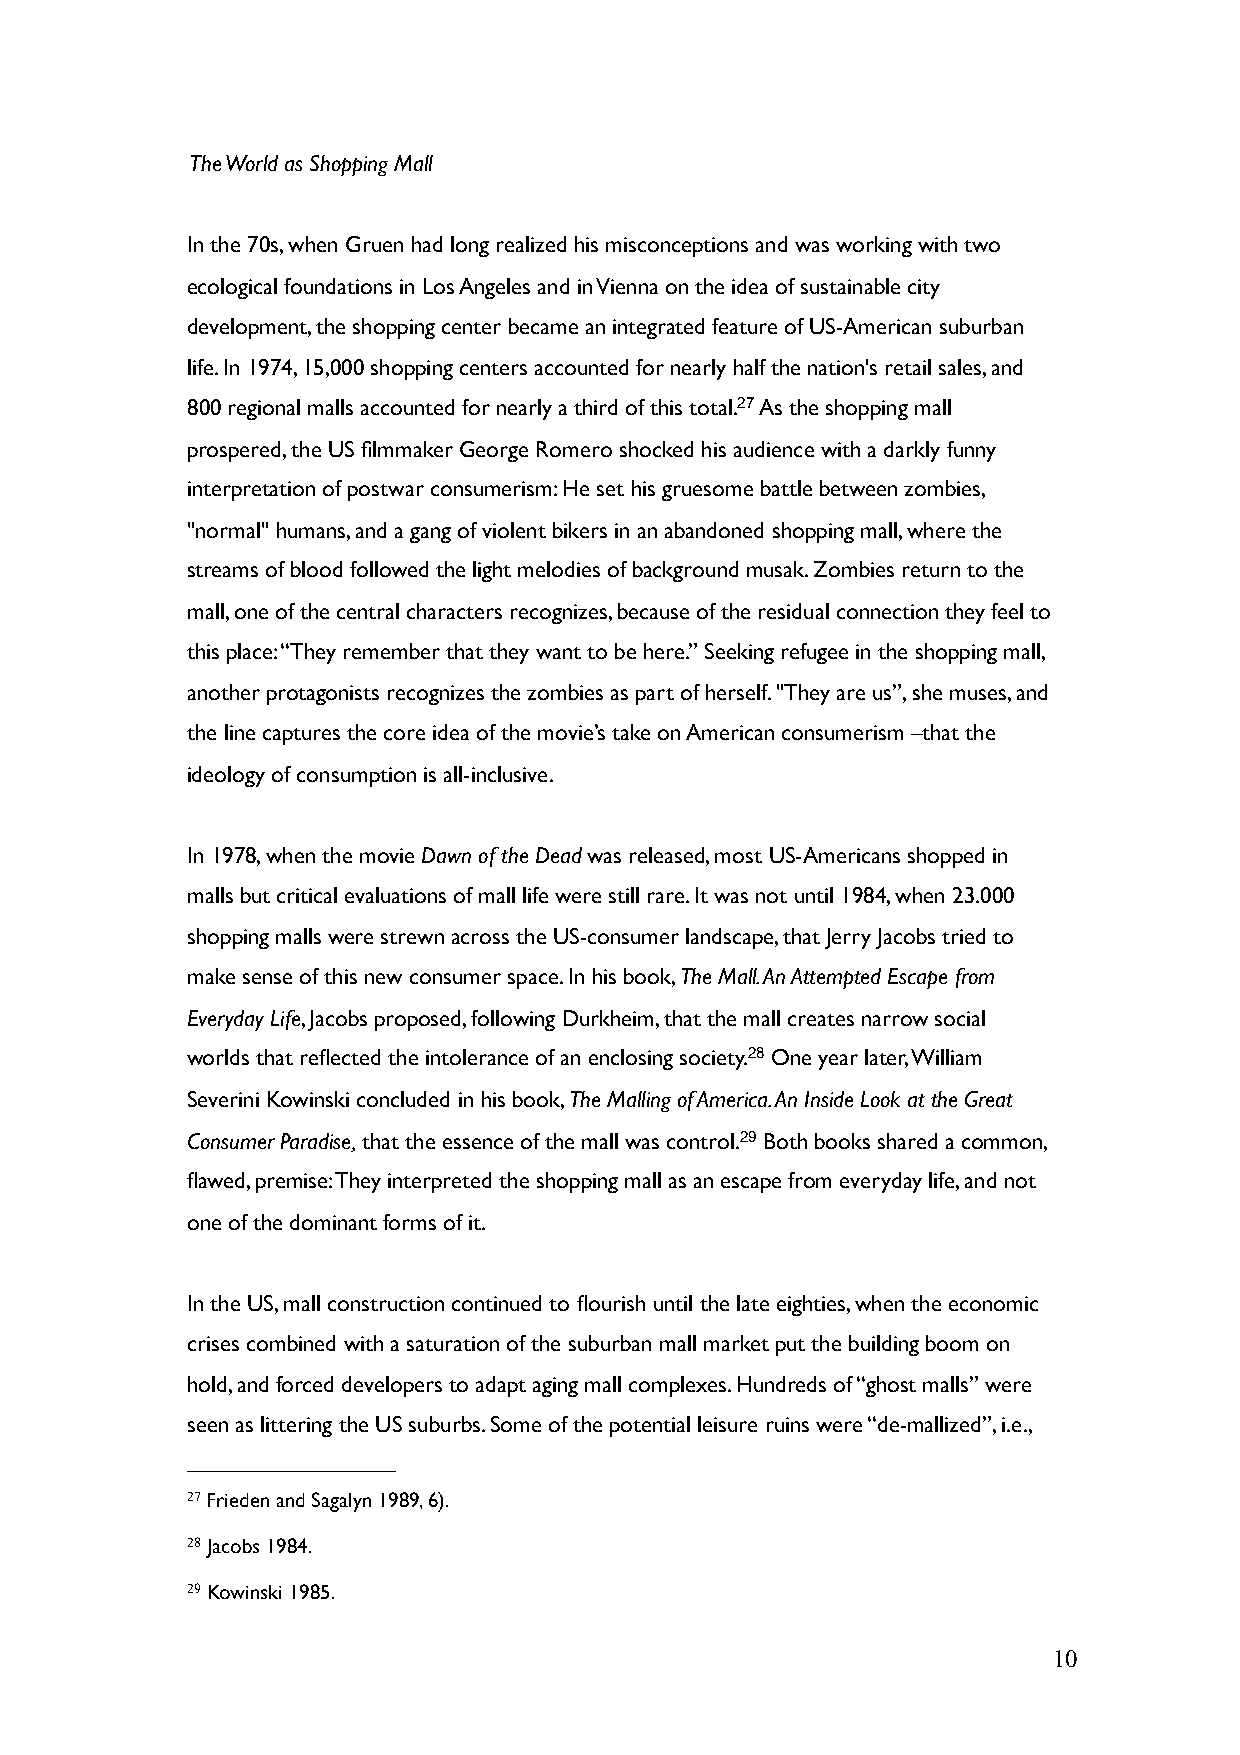
The World as Shopping Mall
 In the 70s, when Gruen had long realized his misconceptions and was working with two
 ecological foundations in Los Angeles and in Vienna on the idea of sustainable city
 development, the shopping center became an integrated feature of US-American suburban
 life. In 1974, 15,000 shopping centers accounted for nearly half the nation's retail sales, and
 800 regional malls accounted for nearly a third of this total.27 As the shopping mall
 prospered, the US filmmaker George Romero shocked his audience with a darkly funny
 interpretation of postwar consumerism: He set his gruesome battle between zombies,
 "normal" humans, and a gang of violent bikers in an abandoned shopping mall, where the
 streams of blood followed the light melodies of background musak. Zombies return to the
 mall, one of the central characters recognizes, because of the residual connection they feel to
 this place: “They remember that they want to be here.” Seeking refugee in the shopping mall,
 another protagonists recognizes the zombies as part of herself. "They are us”, she muses, and
 the line captures the core idea of the movie’s take on American consumerism –that the
 ideology of consumption is all-inclusive.
 In 1978, when the movie Dawn of the Dead was released, most US-Americans shopped in
 malls but critical evaluations of mall life were still rare. It was not until 1984, when 23.000
 shopping malls were strewn across the US-consumer landscape, that Jerry Jacobs tried to
 make sense of this new consumer space. In his book, The Mall. An Attempted Escape from
 Everyday Life, Jacobs proposed, following Durkheim, that the mall creates narrow social
 worlds that reflected the intolerance of an enclosing society.28 One year later, William
 Severini Kowinski concluded in his book, The Malling of America. An Inside Look at the Great
 Consumer Paradise, that the essence of the mall was control.29 Both books shared a common,
 flawed, premise: They interpreted the shopping mall as an escape from everyday life, and not
 one of the dominant forms of it.
 In the US, mall construction continued to flourish until the late eighties, when the economic
 crises combined with a saturation of the suburban mall market put the building boom on
 hold, and forced developers to adapt aging mall complexes. Hundreds of “ghost malls” were
 seen as littering the US suburbs. Some of the potential leisure ruins were “de-mallized”, i.e.,
 27 Frieden and Sagalyn 1989, 6).
 28 Jacobs 1984.
 29 Kowinski 1985.
 10